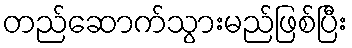
တည်ဆောက်သွားမည်ဖြစ်ပြီး